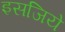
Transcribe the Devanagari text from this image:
इसजिये